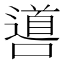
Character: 噵